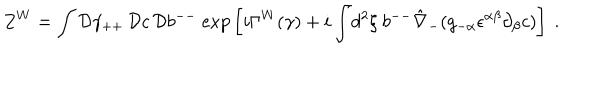
Z ^ { W } = \int { \cal D } \gamma _ { + + } \, { \cal D } c \, { \cal D } b ^ { -- } ~ \mathrm { e x p } \left[ i \Gamma ^ { W } ( \gamma ) + i \int \! d ^ { 2 } \xi ~ b ^ { -- } \hat { \nabla } _ { - } ( g _ { - \alpha } \epsilon ^ { \alpha \beta } \partial _ { \beta } c ) \right] ~ .